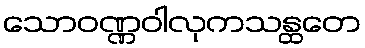
သောဝဏ္ဏဝါလုကသန္ထတေ